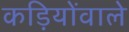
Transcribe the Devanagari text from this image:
कड़ियोंवाले